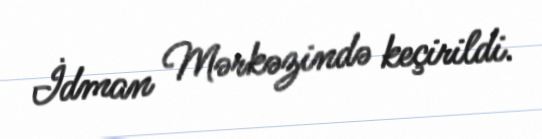
İdman Mərkəzində keçirildi.